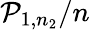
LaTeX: \mathcal{P}_{1,n_{2}}/n